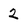
Character: 2